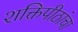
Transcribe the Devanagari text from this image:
शक्तिपीठांचा